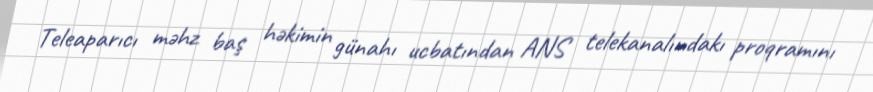
Teleaparıcı məhz baş həkimin günahı ucbatından ANS telekanalındakı proqramını